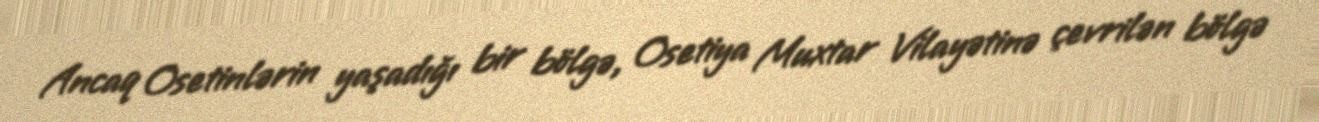
Ancaq Osetinlərin yaşadığı bir bölgə, Osetiya Muxtar Vilayətinə çevrilən bölgə